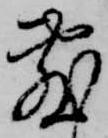
敷